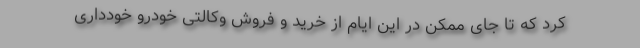
کرد که تا جای ممکن در این ایام از خرید و فروش وکالتی خودرو خودداری